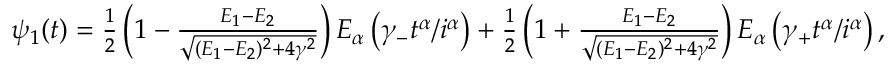
\begin{array} { r } { \psi _ { 1 } ( t ) = \frac { 1 } { 2 } \left( 1 - \frac { E _ { 1 } - E _ { 2 } } { \sqrt { ( E _ { 1 } - E _ { 2 } ) ^ { 2 } + 4 \gamma ^ { 2 } } } \right) E _ { \alpha } \left( \gamma _ { - } t ^ { \alpha } / i ^ { \alpha } \right) + \frac { 1 } { 2 } \left( 1 + \frac { E _ { 1 } - E _ { 2 } } { \sqrt { ( E _ { 1 } - E _ { 2 } ) ^ { 2 } + 4 \gamma ^ { 2 } } } \right) E _ { \alpha } \left( \gamma _ { + } t ^ { \alpha } / i ^ { \alpha } \right) , } \end{array}